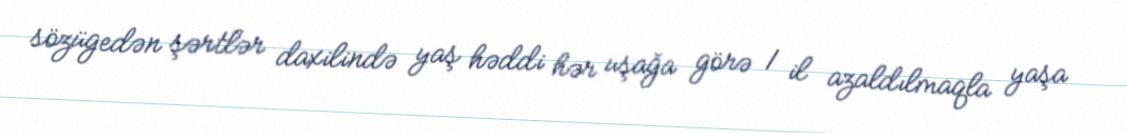
sözügedən şərtlər daxilində yaş həddi hər uşağa görə 1 il azaldılmaqla yaşa